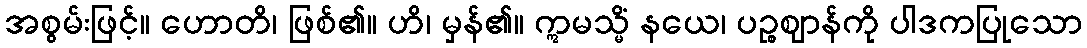
အစွမ်းဖြင့်။ ဟောတိ၊ ဖြစ်၏။ ဟိ၊ မှန်၏။ ဣမသ္မိံ နယေ၊ ပဉ္စဈာန်ကို ပါဒကပြုသော